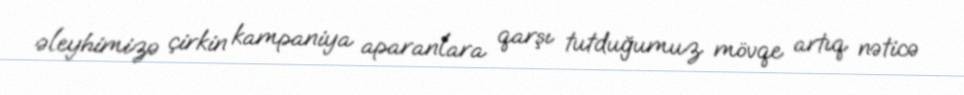
əleyhimizə çirkin kampaniya aparanlara qarşı tutduğumuz mövqe artıq nəticə